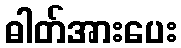
ဓါတ်အားပေး